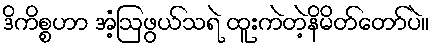
ဒိကိစ္စဟာ အံ့ဩဖွယ်သရဲ ထူးကဲတဲ့နိမိတ်တော်ပဲ။